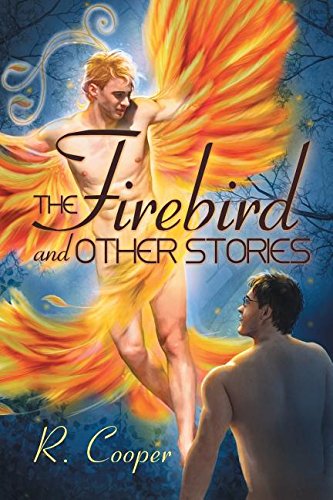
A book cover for The Firebird and Other Stories; R. Cooper; Romance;